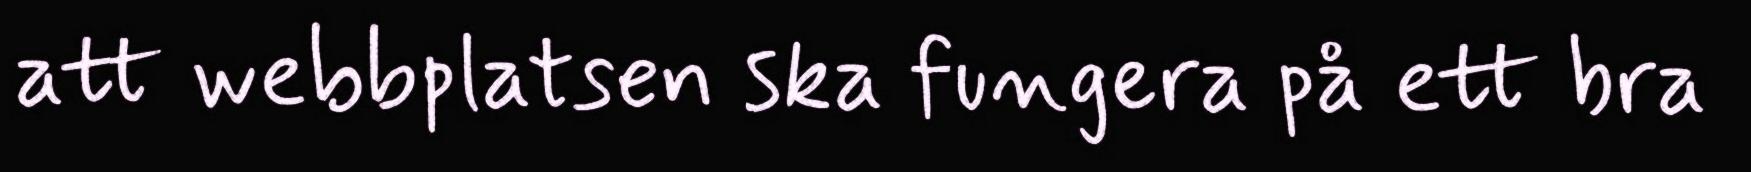
att webbplatsen ska fungera på ett bra